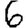
Digit: 6